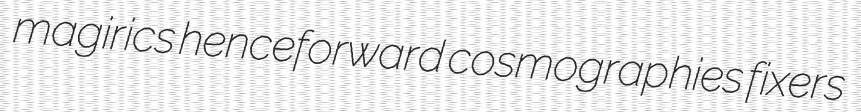
magirics henceforward cosmographies fixers